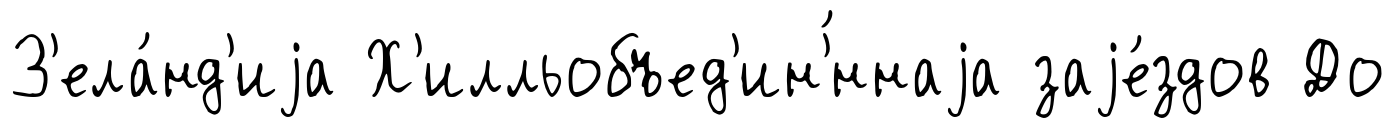
З'ела́нд'иjа Х'илльобъед'ин'́ннаjа заjе́здов До